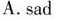
A.sad